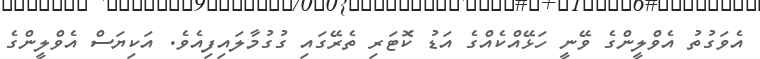
އެވަގުތު އެވްލީންގެ ވޭނީ ހަޅޭއްކެއްގެ އަޑު ކޮޓަރި ތެރޭގައި ގުގުމާލައިފިއެވެ. އަކިޔަސް އެވްލީންގެ